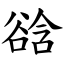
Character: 谽